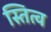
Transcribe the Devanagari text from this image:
स्तित्व